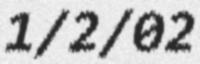
1/2/02